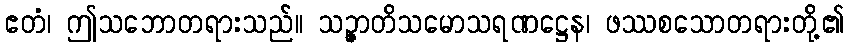
ဧတံ၊ ဤသဘောတရားသည်။ သဉ္ဇာတိသမောသရဏဋ္ဌေန၊ ဖဿစသောတရားတို့၏